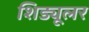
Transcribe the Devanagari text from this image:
शिड्यूलर